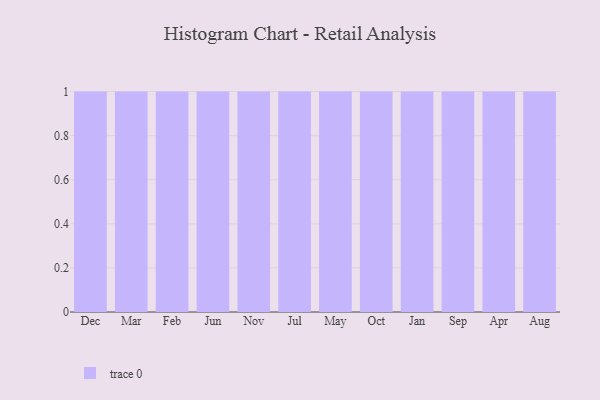
{"axis": {"x": "Month", "y": "Page Views"}, "legend": [""], "data": [{"x": "Dec", "y": 96, "type": ""}, {"x": "Mar", "y": 85, "type": ""}, {"x": "Feb", "y": 89, "type": ""}, {"x": "Jun", "y": 38, "type": ""}, {"x": "Nov", "y": 94, "type": ""}, {"x": "Jul", "y": 64, "type": ""}, {"x": "May", "y": 98, "type": ""}, {"x": "Oct", "y": 35, "type": ""}, {"x": "Jan", "y": 77, "type": ""}, {"x": "Sep", "y": 37, "type": ""}, {"x": "Apr", "y": 87, "type": ""}, {"x": "Aug", "y": 65, "type": ""}]}